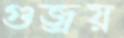
গুজ্‌রয়